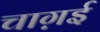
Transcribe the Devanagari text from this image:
चाग़ई